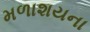
મળાશયના